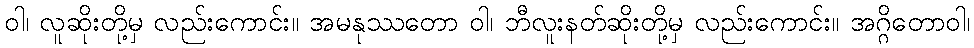
ဝါ၊ လူဆိုးတို့မှ လည်းကောင်း။ အမနုဿတော ဝါ၊ ဘီလူးနတ်ဆိုးတို့မှ လည်းကောင်း။ အဂ္ဂိတောဝါ၊